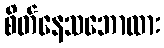
စိတ်နေသဘောထား